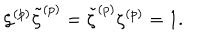
\zeta ^ { ( p ) } \tilde { \zeta } ^ { ( p ) } = \tilde { \zeta } ^ { ( p ) } \zeta ^ { ( p ) } = 1 .